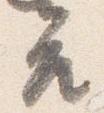
座